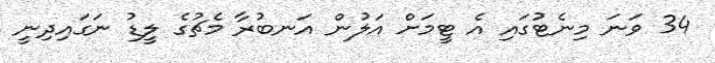
34 ވަނަ މިނެޓުގައި އެ ޓީމަށް އަލުން އަނބުރާ މެޗުގެ ލީޑު ނަގައިދިނީ